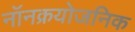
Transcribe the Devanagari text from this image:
नॉनक्रयोजनिक